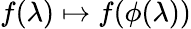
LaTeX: f(\lambda)\mapsto f(\phi(\lambda))